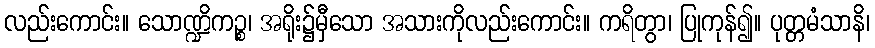
လည်းကောင်း။ သောဏ္ဍိကဉ္စ၊ အရိုး၌မှီသော အသားကိုလည်းကောင်း။ ကရိတွာ၊ ပြုကုန်၍။ ပုတ္တမံသာနိ၊